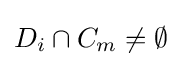
D_{i}\cap C_{m}\neq \emptyset